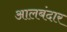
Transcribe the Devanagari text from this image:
आलबंदार